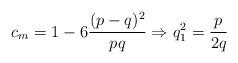
LaTeX: \begin{align*}c_m=1-6\frac{(p-q)^2}{pq} \Rightarrow q_1^2 =\frac{p}{2q}\end{align*}